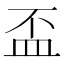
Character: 盃